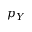
p _ { Y }